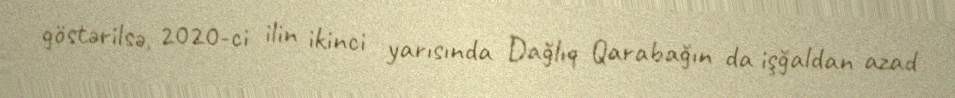
göstərilsə, 2020-ci ilin ikinci yarısında Dağlıq Qarabağın da işğaldan azad